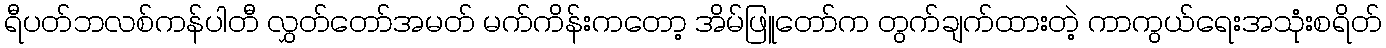
ရီပတ်ဘလစ်ကန်ပါတီ လွှတ်တော်အမတ် မက်ကိန်းကတော့ အိမ်ဖြူတော်က တွက်ချက်ထားတဲ့ ကာကွယ်ရေးအသုံးစရိတ်